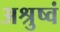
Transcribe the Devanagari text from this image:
अश्रुष्वं